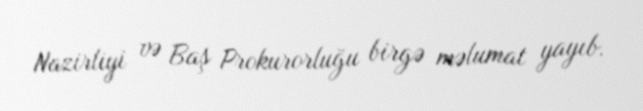
Nazirliyi və Baş Prokurorluğu birgə məlumat yayıb.